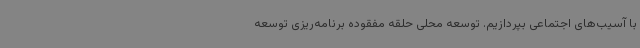
با آسیب‌های اجتماعی بپردازیم. توسعه محلی حلقه مفقوده برنامه‌ریزی توسعه